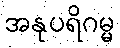
အနုပရိဂမ္မ